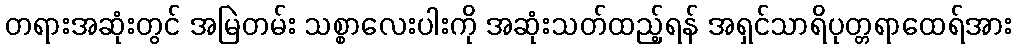
တရားအဆုံးတွင် အမြဲတမ်း သစ္စာလေးပါးကို အဆုံးသတ်ထည့်ရန် အရှင်သာရိပုတ္တရာထေရ်အား